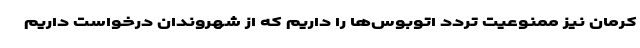
کرمان نیز ممنوعیت تردد اتوبوس‌ها را داریم که از شهروندان درخواست داریم